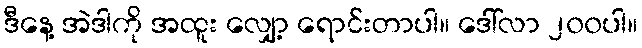
ဒီနေ့ အဲဒါကို အထူး လျှော့ ရောင်းတာပါ။ ဒေါ်လာ ၂၀၀ပါ။